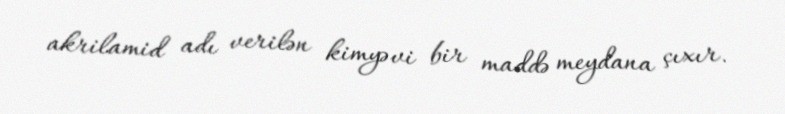
akrilamid adı verilən kimyəvi bir maddə meydana çıxır.